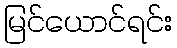
မြင်ယောင်ရင်း